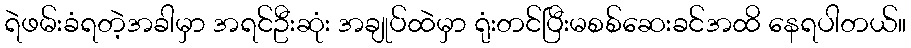
ရဲဖမ်းခံရတဲ့အခါမှာ အရင်ဦးဆုံး အချုပ်ထဲမှာ ရုံးတင်ပြီးမစစ်ဆေးခင်အထိ နေရပါတယ်။